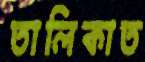
তালিকাত